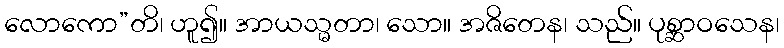
လောကော”တိ၊ ဟူ၍။ အာယသ္မတာ၊ သော။ အဇိတေန၊ သည်။ ပုစ္ဆာဝသေန၊